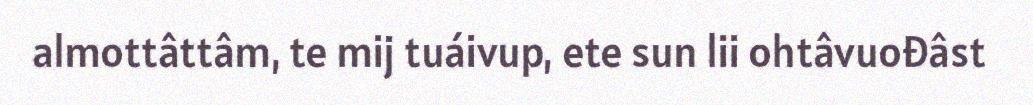
almottâttâm, te mij tuáivup, ete sun lii ohtâvuođâst